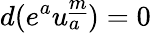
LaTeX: d(e^{a}u_{a}^{\underline{{{m}}}})=0